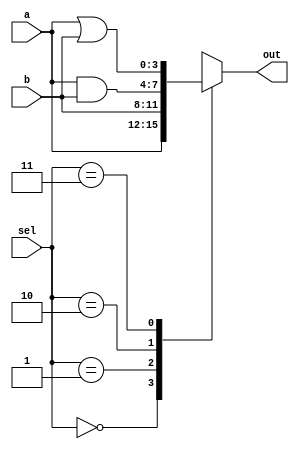
module mux (
  input [3:0] a,
  input [3:0] b,
  input [1:0] sel,
  output reg [3:0] out
);

always @(*)
begin
  case(sel)
    2'b00: out = a;
    2'b01: out = b;
    2'b10: out = a & b;
    2'b11: out = a | b;
  endcase
end

endmodule